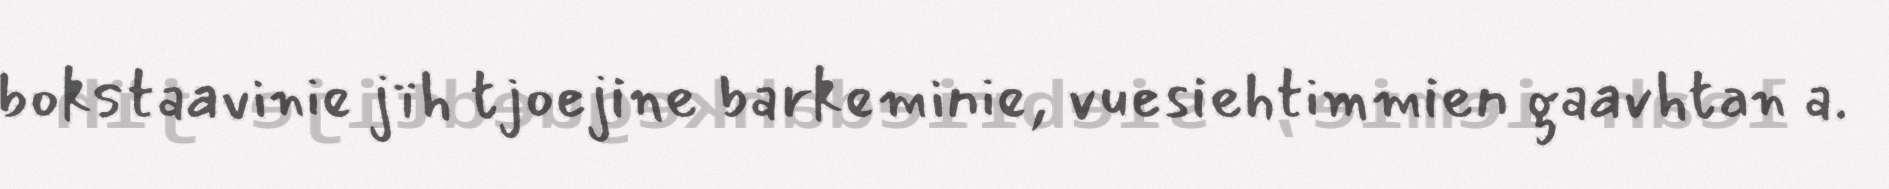
bokstaavinie jïh tjoejine barkeminie, vuesiehtimmien gaavhtan a.